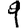
Digit: 9